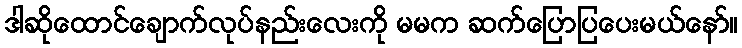
ဒါဆိုထောင်ချောက်လုပ်နည်းလေးကို မမက ဆက်ပြောပြပေးမယ်နော်။